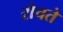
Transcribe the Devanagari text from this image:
रोचते